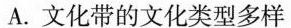
A.文化带的文化类型多样